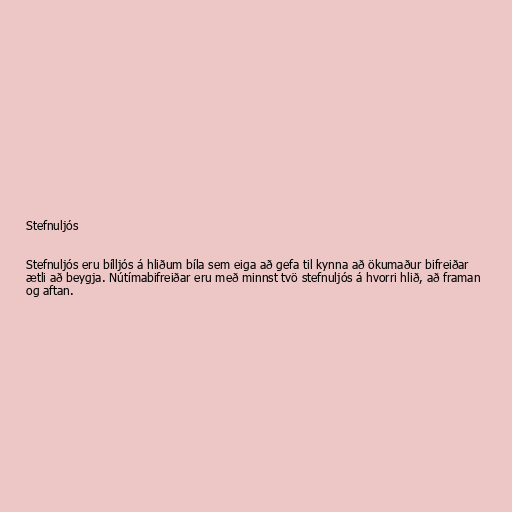
Stefnuljós

Stefnuljós eru bílljós á hliðum bíla sem eiga að gefa til kynna að ökumaður bifreiðar
ætli að beygja. Nútímabifreiðar eru með minnst tvö stefnuljós á hvorri hlið, að framan
og aftan.